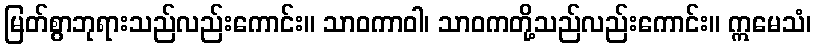
မြတ်စွာဘုရားသည်လည်းကောင်း။ သာဝကာဝါ၊ သာဝကတို့သည်လည်းကောင်း။ ဣမေသံ၊